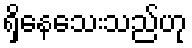
ရှိနေသေးသည်ဟု